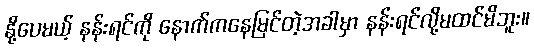
နို့ပေမယ့် နန်းရင်ကို နောက်ကနေမြင်တဲ့အခါမှာ နန်းရင်လို့မထင်မိဘူး။